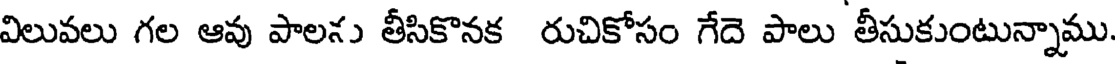
విలువలు గల ఆవు పాలను తీసికొనక రుచికోసం గేదె పాలు తీసుకుంటున్నాము